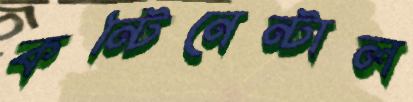
কন্টিনেন্টাল